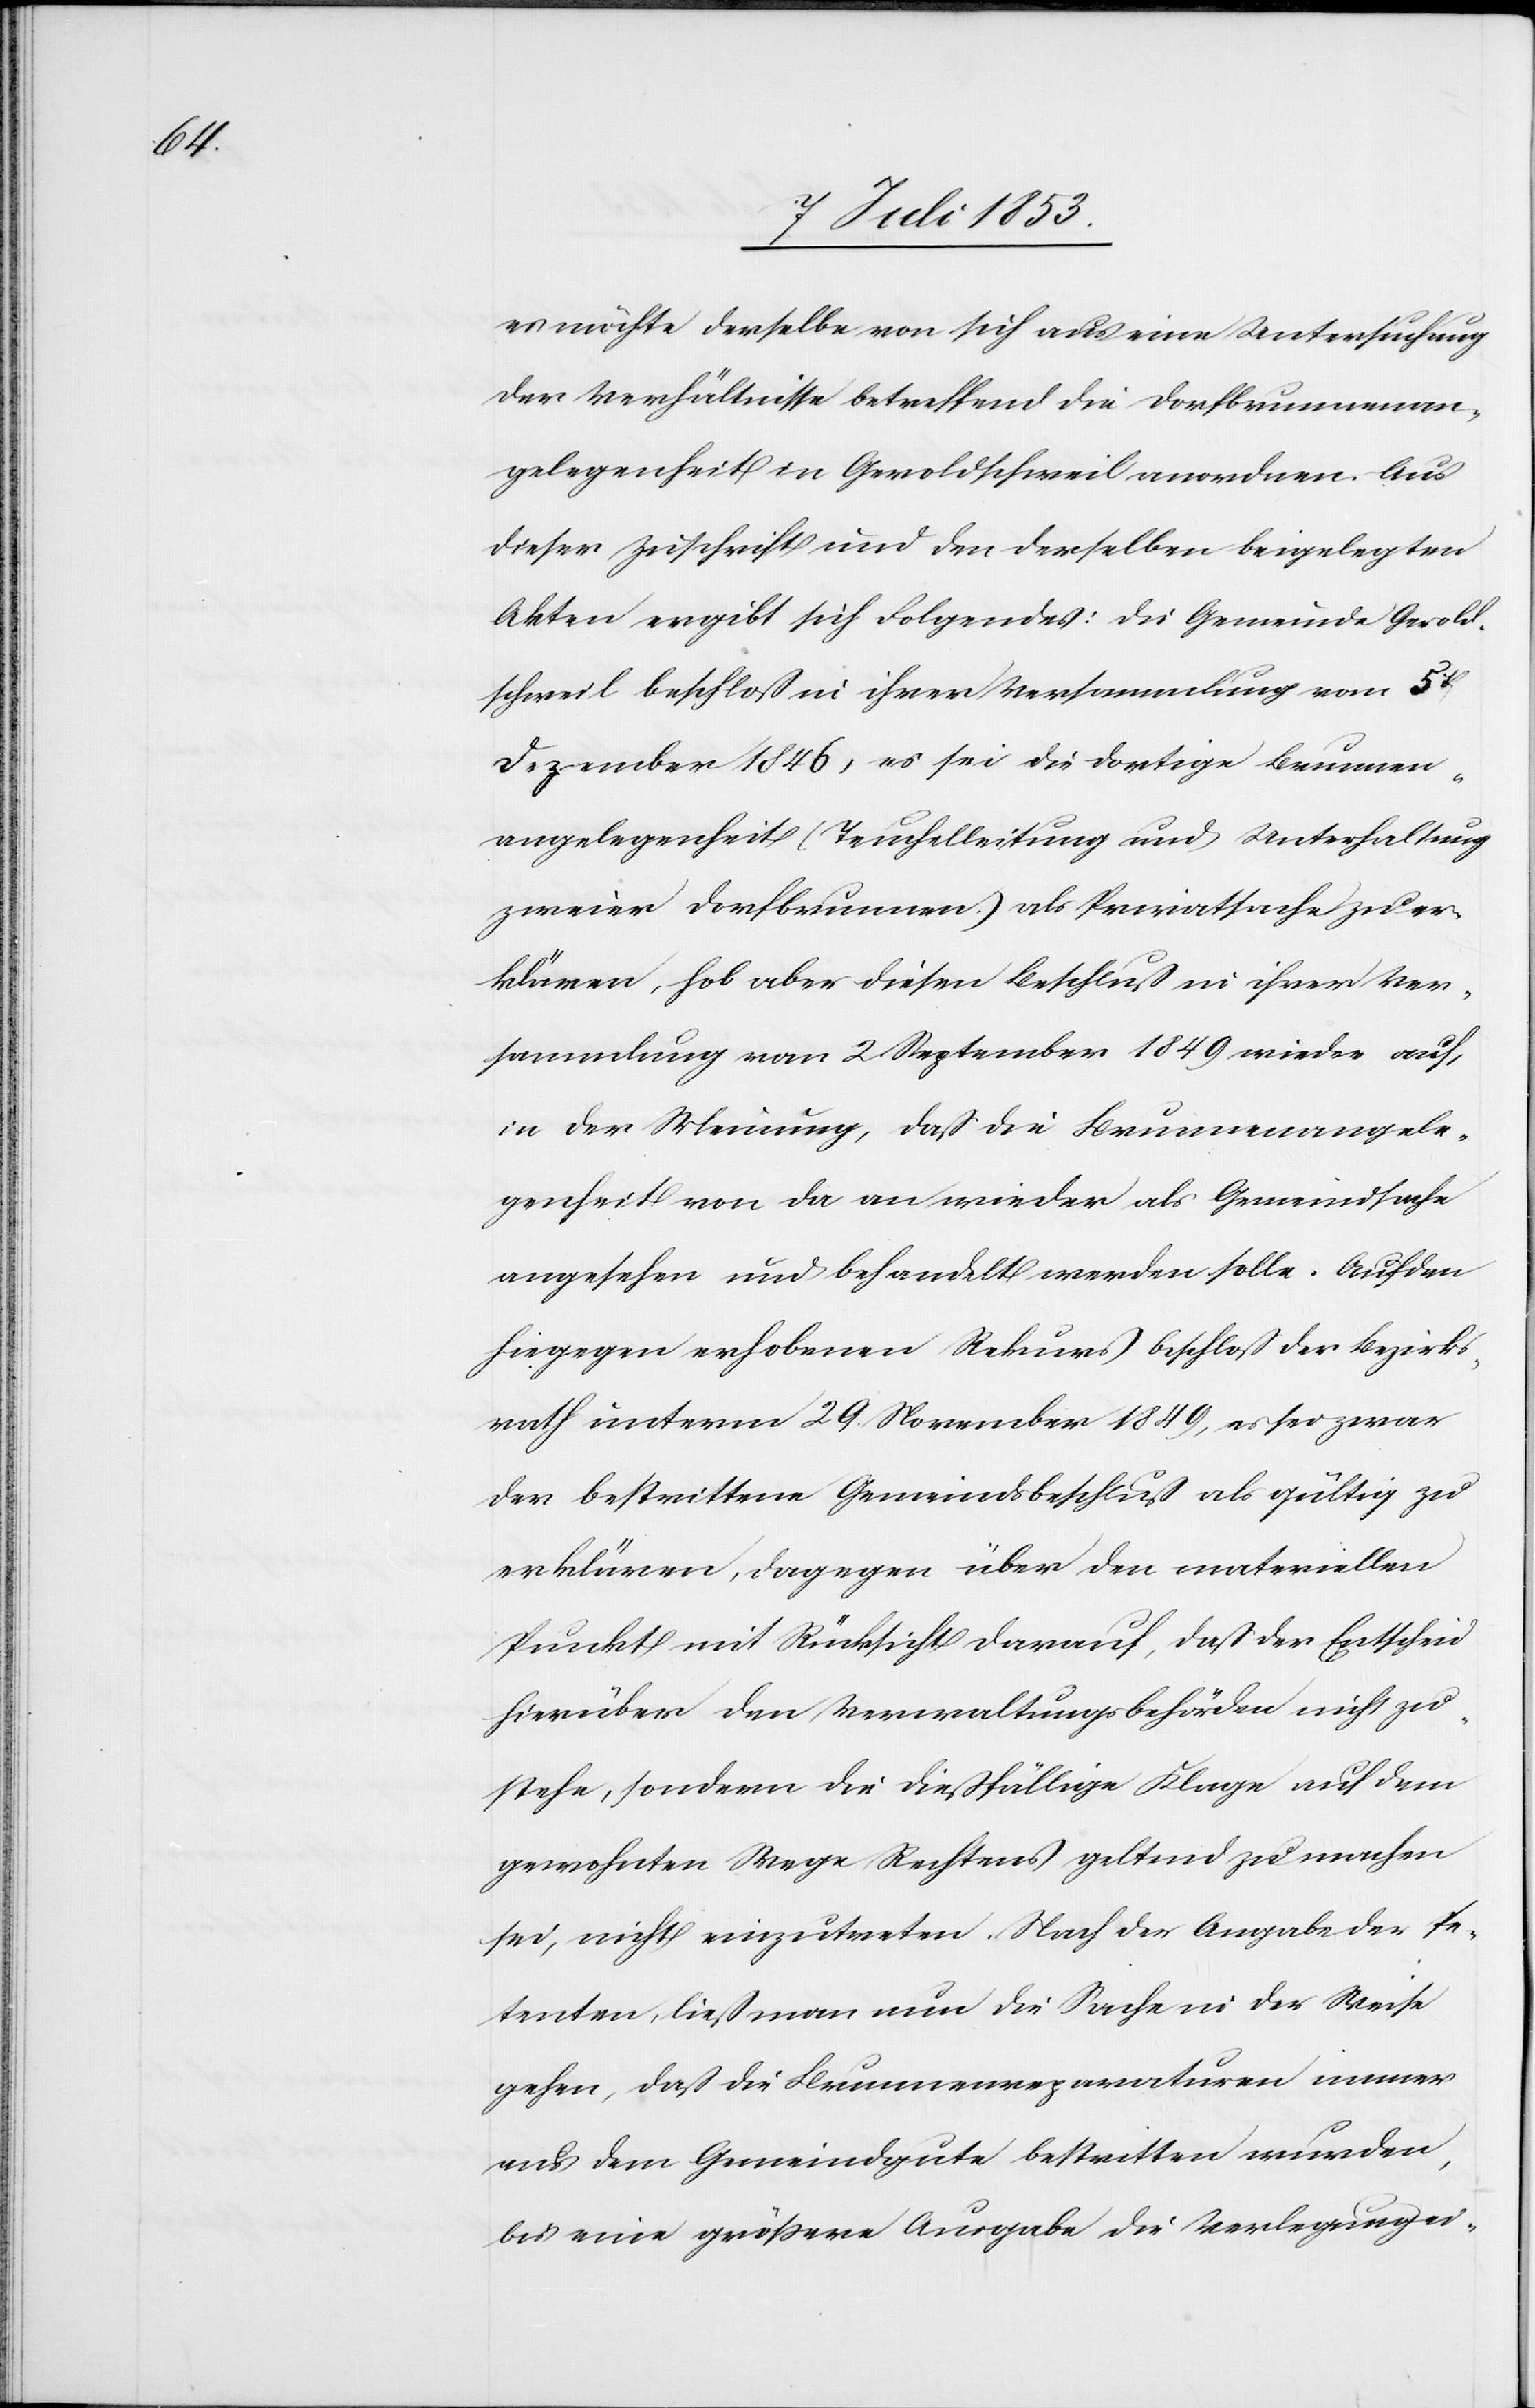
es möchte derselbe von sich aus eine Untersuchung
der Verhältnisse betreffend die Dorfbrunnenan¬
gelegenheit in Geroldschweil anordnen. Aus
dieser Zuschrift und den derselben beigelegten
Akten ergibt sich Folgendes: Die Gemeinde Gerold¬
schweil beschloß in ihrer Versammlung vom 5t
Dezember 1846, es sei die dortige Brunnen¬
angelegenheit (Teuchelleitung und Unterhaltung
zweier Dorfbrunnen) als Privatsache zu er¬
klären, hob aber diesen Beschluß in ihrer Ver¬
sammlung vom 2 September 1849 wieder auf,
in der Meinung, daß die Brunnenangele¬
genheiten von da an wieder als Gemeindsache
angesehen und behandelt werden solle. Auf den
hiegegen erhobenen Rekurs beschloß der Bezirks¬
rath unterm 29 November 1849, es sei zwar
der bestrittene Gemeindsbeschluß als gültig zu
erklären, dagegen über den materiellen
Punkt mit Rücksicht darauf, daß der Entscheid
hierüber den Verwaltungsbehörden nicht zu¬
stehe, sondern die dießfällige Klage auf dem
gewohnten Wege Rechtens geltend zu machen
sei, nicht einzutreten. Nach der Angabe der Pe¬
tenten, ließ man nun die Sache in der Weise
gehen, daß die Brunnenreparaturen immer
aus dem Gemeindgute bestritten wurden,
bis eine größere Ausgabe die Verlegung ei-